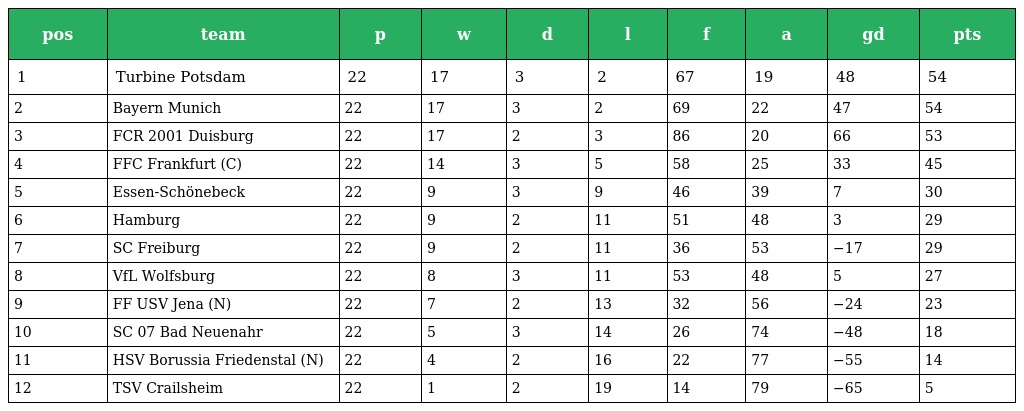
| pos | team | p | w | d | l | f | a | gd | pts |
 | --- | --- | --- | --- | --- | --- | --- | --- | --- | --- |
 | 1 | Turbine Potsdam | 22 | 17 | 3 | 2 | 67 | 19 | 48 | 54 |
 | 2 | Bayern Munich | 22 | 17 | 3 | 2 | 69 | 22 | 47 | 54 |
 | 3 | FCR 2001 Duisburg | 22 | 17 | 2 | 3 | 86 | 20 | 66 | 53 |
 | 4 | FFC Frankfurt (C) | 22 | 14 | 3 | 5 | 58 | 25 | 33 | 45 |
 | 5 | Essen-Schönebeck | 22 | 9 | 3 | 9 | 46 | 39 | 7 | 30 |
 | 6 | Hamburg | 22 | 9 | 2 | 11 | 51 | 48 | 3 | 29 |
 | 7 | SC Freiburg | 22 | 9 | 2 | 11 | 36 | 53 | −17 | 29 |
 | 8 | VfL Wolfsburg | 22 | 8 | 3 | 11 | 53 | 48 | 5 | 27 |
 | 9 | FF USV Jena (N) | 22 | 7 | 2 | 13 | 32 | 56 | −24 | 23 |
 | 10 | SC 07 Bad Neuenahr | 22 | 5 | 3 | 14 | 26 | 74 | −48 | 18 |
 | 11 | HSV Borussia Friedenstal (N) | 22 | 4 | 2 | 16 | 22 | 77 | −55 | 14 |
 | 12 | TSV Crailsheim | 22 | 1 | 2 | 19 | 14 | 79 | −65 | 5 |